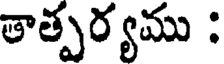
తాత్పర్యము :